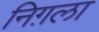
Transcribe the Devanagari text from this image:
निग़ला